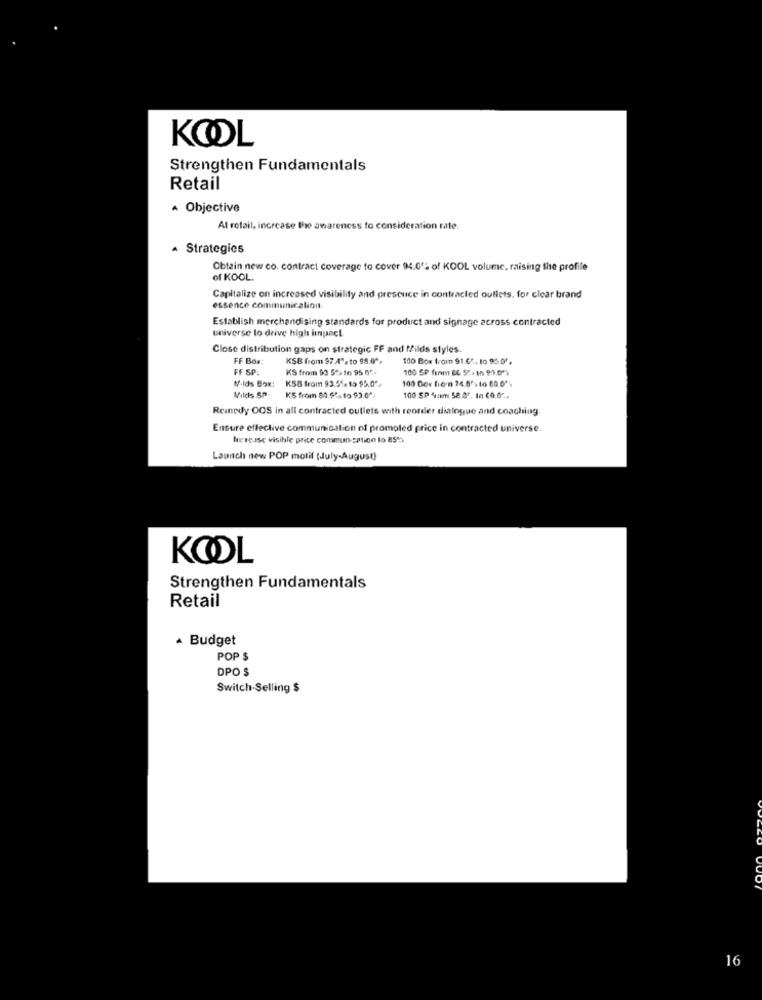
KOOL
Strengthen Fundamentals
Retail
Objective
At retail, increase the awareness to consideration rate.
Strategies
Obtain new co. contract coverage to cover 94.0': of KOOL volume, raising the profile
of KOOL.
Capitalize on increased visibility and presence in contracted outlets, for clear brand
essence communication.
Establish merchandising standards for product and signage across contracted
universe lo drive high impact
Close distribution gaps on strategic FF and filds styles.
FF Box:
KSB from 97.4", to 98.0",
100 Box from 91.f. to 96.01.
FF SP.
KS from 90 5>> 10 95 65-
100 SP firm BG St> in 90 0'S
Nolds Box:
KSB from 93.55. 15 95.0'+
100 Gox fien 74.8º) to 60.0'%
Vilds SP-
KS from 80.95, to $3.0 **
100 SP 4am 52.87. 10 (0.02.
Reinedy OOS in all contracted outlets with reorder dialogue and coaching.
Ensure effective communication of promoted price in contracted universe.
Increase visible price communication lo 85%
Launch new POP motif (July-August}
KOOL
Strengthen Fundamentals
Retail
· Budget
POP $
DPO $
Switch-Selling $
16